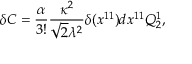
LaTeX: \delta C = { \frac { \alpha } { 3 ! } } { \frac { \kappa ^ { 2 } } { \sqrt { 2 } \lambda ^ { 2 } } } \delta ( x ^ { 1 1 } ) d x ^ { 1 1 } Q _ { 2 } ^ { 1 } ,